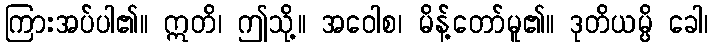
ကြားအပ်ပါ၏။ ဣတိ၊ ဤသို့။ အဝေါစ၊ မိန့်တော်မူ၏။ ဒုတိယမ္ပိ ခေါ၊